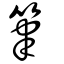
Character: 筆